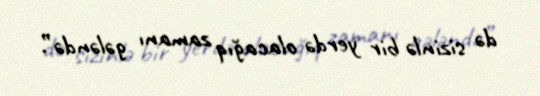
də sizinlə bir yerdə olacağıq zamanı gələndə”.